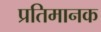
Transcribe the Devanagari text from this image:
प्रतिमानक